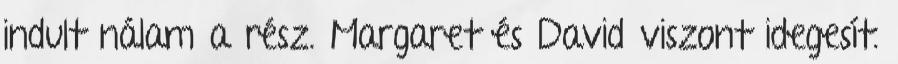
indult nálam a rész. Margaret és David viszont idegesít.